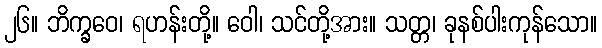
၂၆။ ဘိက္ခဝေ၊ ရဟန်းတို့။ ဝေါ၊ သင်တို့အား။ သတ္တ၊ ခုနစ်ပါးကုန်သော။